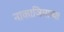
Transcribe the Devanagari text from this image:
नाकाजिमाच्या